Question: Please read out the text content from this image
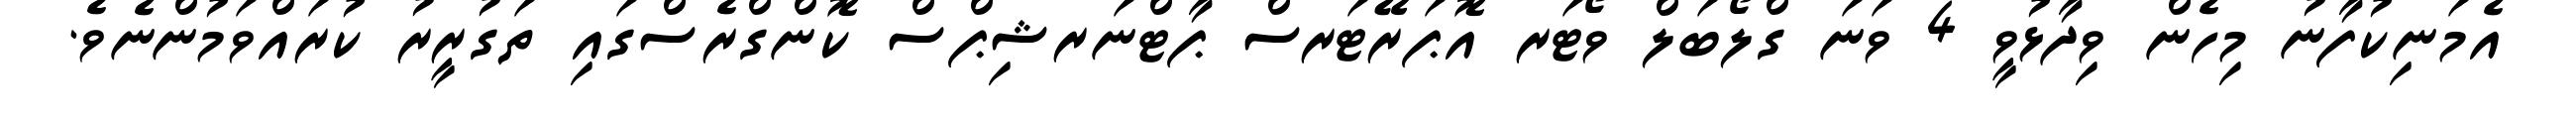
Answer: އެމަނިކުފާނު މިހެން ވިދާޅުވީ 4 ވަނަ ގްލޯބަލް ވޯޓަރ އޮޕަރޭޓަރސް ޕާޓްނަރޝިޕްސް ކޮންގްރެސްގައި ތަގުރީރު ކުރައްވަމުންނެވެ.